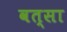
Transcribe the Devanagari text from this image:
वत्सा